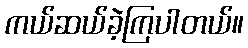
ကယ်ဆယ်ခဲ့ကြပါတယ်။